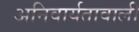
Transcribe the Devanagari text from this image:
अनिवार्यतावाली